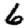
Digit: 6